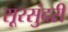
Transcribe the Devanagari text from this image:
सूरसुंदरी